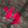
ولا